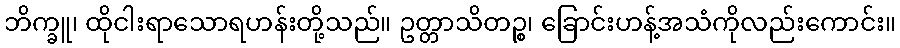
ဘိက္ခူ၊ ထိုငါးရာသောရဟန်းတို့သည်။ ဥတ္တာသိတဉ္စ၊ ခြောင်းဟန့်အသံကိုလည်းကောင်း။